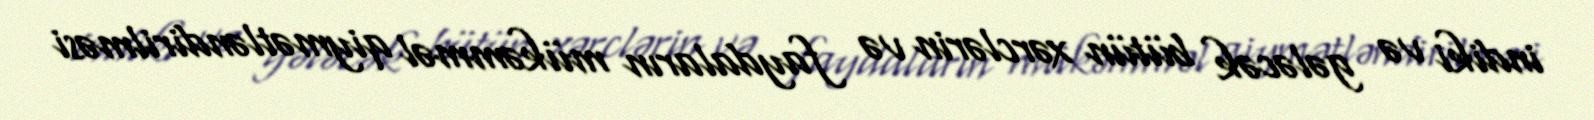
indiki və gələcək bütün xərclərin və faydaların mükəmməl qiymətləndirilməsi